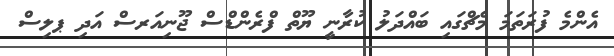
އެންމެ ފުރަތަމަ މެޗްގައި ބައްދަލު ކުރާނީ ޔޫތް ފްރެންޑްސް ޖޫނިއަރސް އަދި ޕލިސް